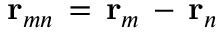
{ \bf r } _ { m n } \, = \, { \bf r } _ { m } \, - \, { \bf r } _ { n }